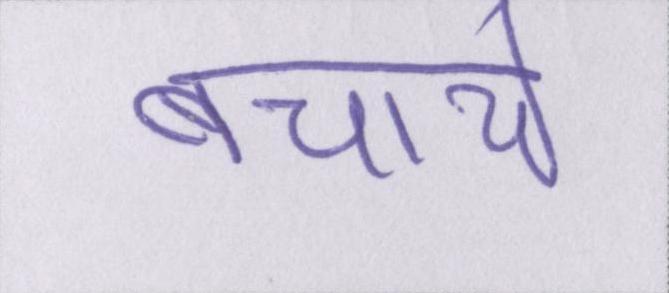
बचाये